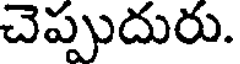
చెప్పుదురు.